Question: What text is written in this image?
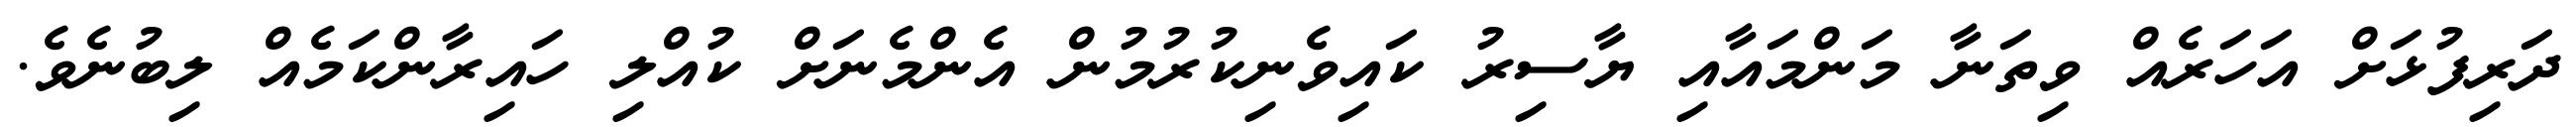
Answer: ދަރިފުޅަށް އަހަރެއް ވިތަނާ މަންމައާއި ޔާސިރު ކައިވެނިކުރުމުން އެންމެނަށް ކުއްލި ހައިރާންކަމެއް ލިބުނެވެ.